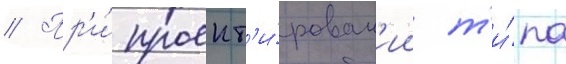
// Пр'и́ проект'и́рован'ии т'и́па